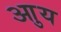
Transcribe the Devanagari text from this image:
आुय